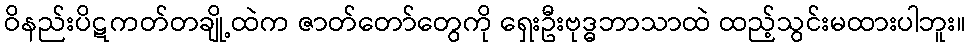
ဝိနည်းပိဋကတ်တချို့ထဲက ဇာတ်တော်တွေကို ရှေးဦးဗုဒ္ဓဘာသာထဲ ထည့်သွင်းမထားပါဘူး။